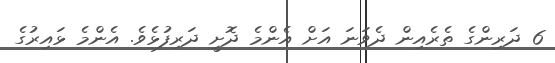
6 ދަރިންގެ ތެރެއިން ދެވަނަ އަށް އެންމެ ދޮށީ ދަރިފުޅެވެ. އެންމެ ޅައިރުގެ